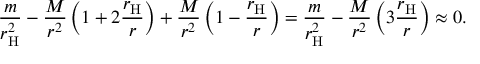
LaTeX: { \frac { m } { r _ { \mathrm { H } } ^ { 2 } } } - { \frac { M } { r ^ { 2 } } } \left( 1 + 2 { \frac { r _ { \mathrm { H } } } { r } } \right) + { \frac { M } { r ^ { 2 } } } \left( 1 - { \frac { r _ { \mathrm { H } } } { r } } \right) = { \frac { m } { r _ { \mathrm { H } } ^ { 2 } } } - { \frac { M } { r ^ { 2 } } } \left( 3 { \frac { r _ { \mathrm { H } } } { r } } \right) \approx 0 .